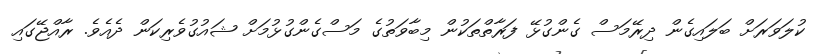
ކުލަވަރަށް ބަލައިގެން ދިރޭމަސް ގެންގުޅޭ ފަރާތްތަކުން މިބާވަތުގެ މަސްގެންގުޅުމަށް ޝައުގުވެރިކަން ދެއެވެ. ރާއްޖޭގައި